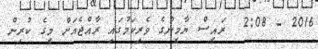
2016 - 2:08  ރައީސް ޔާމީންގެ ވެރިކަމުގައި ރާއްޖެއަށް މީގެ ކުރިން